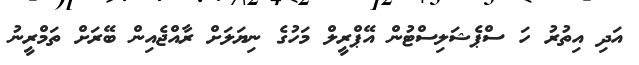
އަދި އިތުރު ހަ ސްޕެޝަލިސްޓުން އޭޕްރީލް މަހުގެ ނިޔަލަށް ރާއްޖެއިން ބޭރަށް ތަމްރީނު